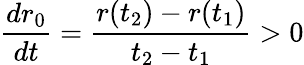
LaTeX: \frac{dr_{0}}{dt}=\frac{r(t_{2})-r(t_{1})}{t_{2}-t_{1}}>0